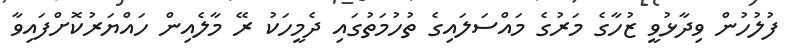
ފުލުހުން ވިދާޅުވީ ޒުހާގެ މަރުގެ މައްސަލައިގެ ތުހުމަތުގައި ދެމީހަކު ރޭ މާލެއިން ހައްޔަރުކޮށްފައިވާ